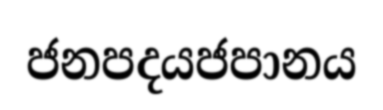
ජනපදයජපානය